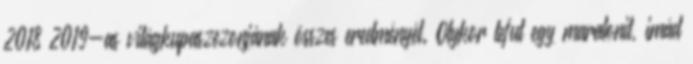
2018–2019-as világkupaszezonjának összes eredményét. Olykor lefut egy maratonit, imád